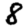
Digit: 8